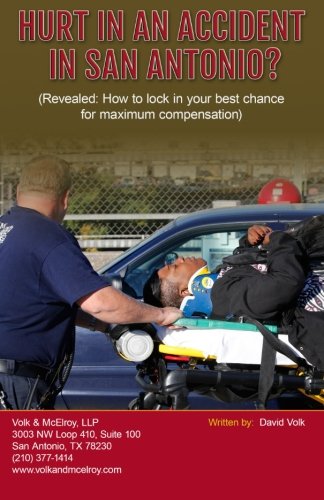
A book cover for Hurt In An Accident In San Antonio?: (Revealed: How to lock in your best chance  for maximum compensation); David Volk; Law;